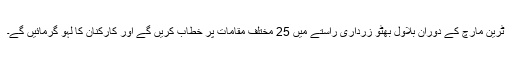
ٹرین مارچ کے دوران بلاول بھٹو زرداری راستے میں 25 مختلف مقامات پر خطاب کریں گے اور کارکنان کا لہو گرمائیں گے۔